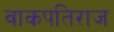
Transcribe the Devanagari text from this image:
वाकपतिराज